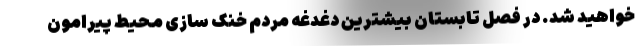
خواهید شد. در فصل تابستان بیشترین دغدغه مردم خنک سازی محیط پیرامون